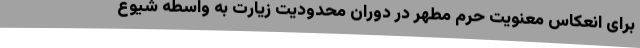
برای انعکاس معنویت حرم مطهر در دوران محدودیت زیارت به واسطه شیوع